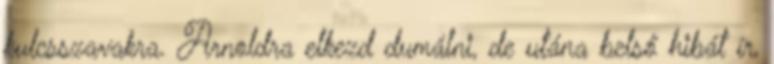
kulcsszavakra. Arnoldra elkezd dumálni, de utána belső hibát ír,